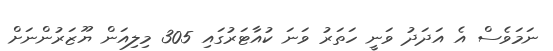
ނަމަވެސް އެ އަދަދު ވަނީ ހަތަރު ވަނަ ކުއާޓަރުގައި 305 މިލިއަން ޔޫޒަރުންނަށް